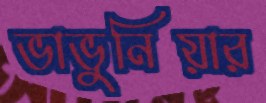
ভাভুনিয়ার